Annual administration report of the Civil Veterinary Department of India - 1897-1898
Year: 1897
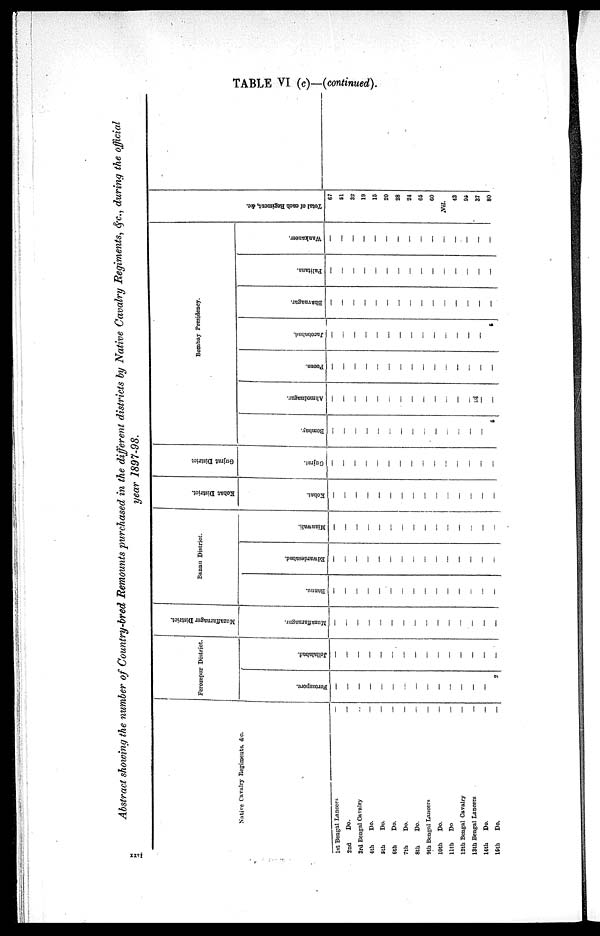
TABLE VI (c)—(continued).
Abstract showing the number of Country—bred Remounts purchased in the different districts by Native Cavalry Regiments, &c., during the official
year 1897—98.
Native Cavalry Regiments, &c.
1st Bengal Lancers
2nd
Do.
3rd Bengal Cavalry
4th
Do.
5th
Do.
6th
Do.
7th
Do.
8th
Do.
9th Bengal Lancers
10th Do.
11th Do
12th Bengal Cavalry
13th Bengal Lancers
14th
Do.
15th
Do.
—
—
..
—
—
—
—
—
—
—
—
—
—
—
—
Ferozepur District.
Ferozepore.
—
—
—
—
—
—
—
—
—
—
—
—
—
—
2
Jellalabad.
—
—
—
—
—
—
—
—
—
—
—
—
—
—
—
Muzaffarnager District.
Muzaffarnager.
—
—
—
—
—
—
—
—
—
—
—
—
—
—
—
Bannu District.
Bannu.
—
—
—
—
—
—
—
—
—
—
—
—
—
—
—
Edwardesabad.
—
—
—
—
—
—
—
—
—
—
—
—
—
—
—
Mianwali.
—
—
—
—
—
—
—
—
—
—
—
—
—
—
—
Kohat District.
Kohat.
—
—
—
—
—
—
—
—
—
—
—
—
—
—
—
Gujrat District
Gujrat.
—
—
—
—
—
—
—
—
—
—
—
—
—
—
—
Bombay Presidency.
Bombay.
—
—
—
—
—
—
—
—
—
—
—
—
—
—
5
Ahmednagar.
—
—
—
—
—
—
—
—
—
—
—
—
—
—
—
Poona.
—
—
—
—
—
—
—
—
—
—
—
—
—
—
—
Jacobabad.
—
—
—
—
—
—
—
—
—
—
—
—
—
—
5
Bhavnagar.
—
—
—
—
—
—
—
—
—
—
—
—
—
—
—
Palitana.
—
—
—
—
—
—
—
—
—
—
—
—
—
—
—
Wankaneer.
—
—
—
—
—
—
—
—
—
—
—
—
—
—
—
Total of each Regiment, &c.
67
51
32
19
15
20
28
24
65
60
Nil.
43
95
37
80
xxvi